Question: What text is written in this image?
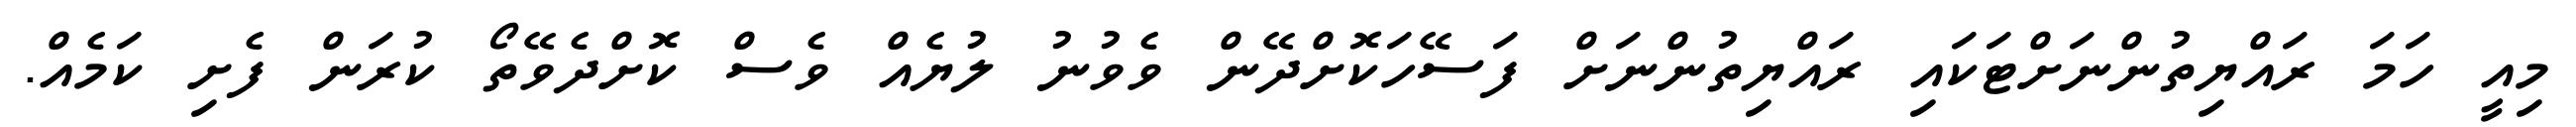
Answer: މިއީ ހަމަ ރައްޔިތުންނަށްޓަކައި ރައްޔިތުންނަށް ފަސޭހަކޮށްދޭން ވެވުނު ލުޔެއް ވެސް ކޮށްދެވޭތޯ ކުރަން ފެށި ކަމެއް.